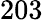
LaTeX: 203